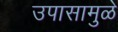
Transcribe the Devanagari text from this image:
उपासामुळे